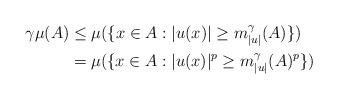
LaTeX: \begin{align*}\gamma\mu(A) &\leq \mu(\{x\in A: |u(x)|\geq m_{|u|}^\gamma(A)\}) \\&= \mu(\{x\in A: |u(x)|^p\geq m_{|u|}^\gamma(A)^p\})\end{align*}